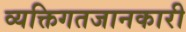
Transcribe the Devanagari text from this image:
व्यक्तिगतजानकारी